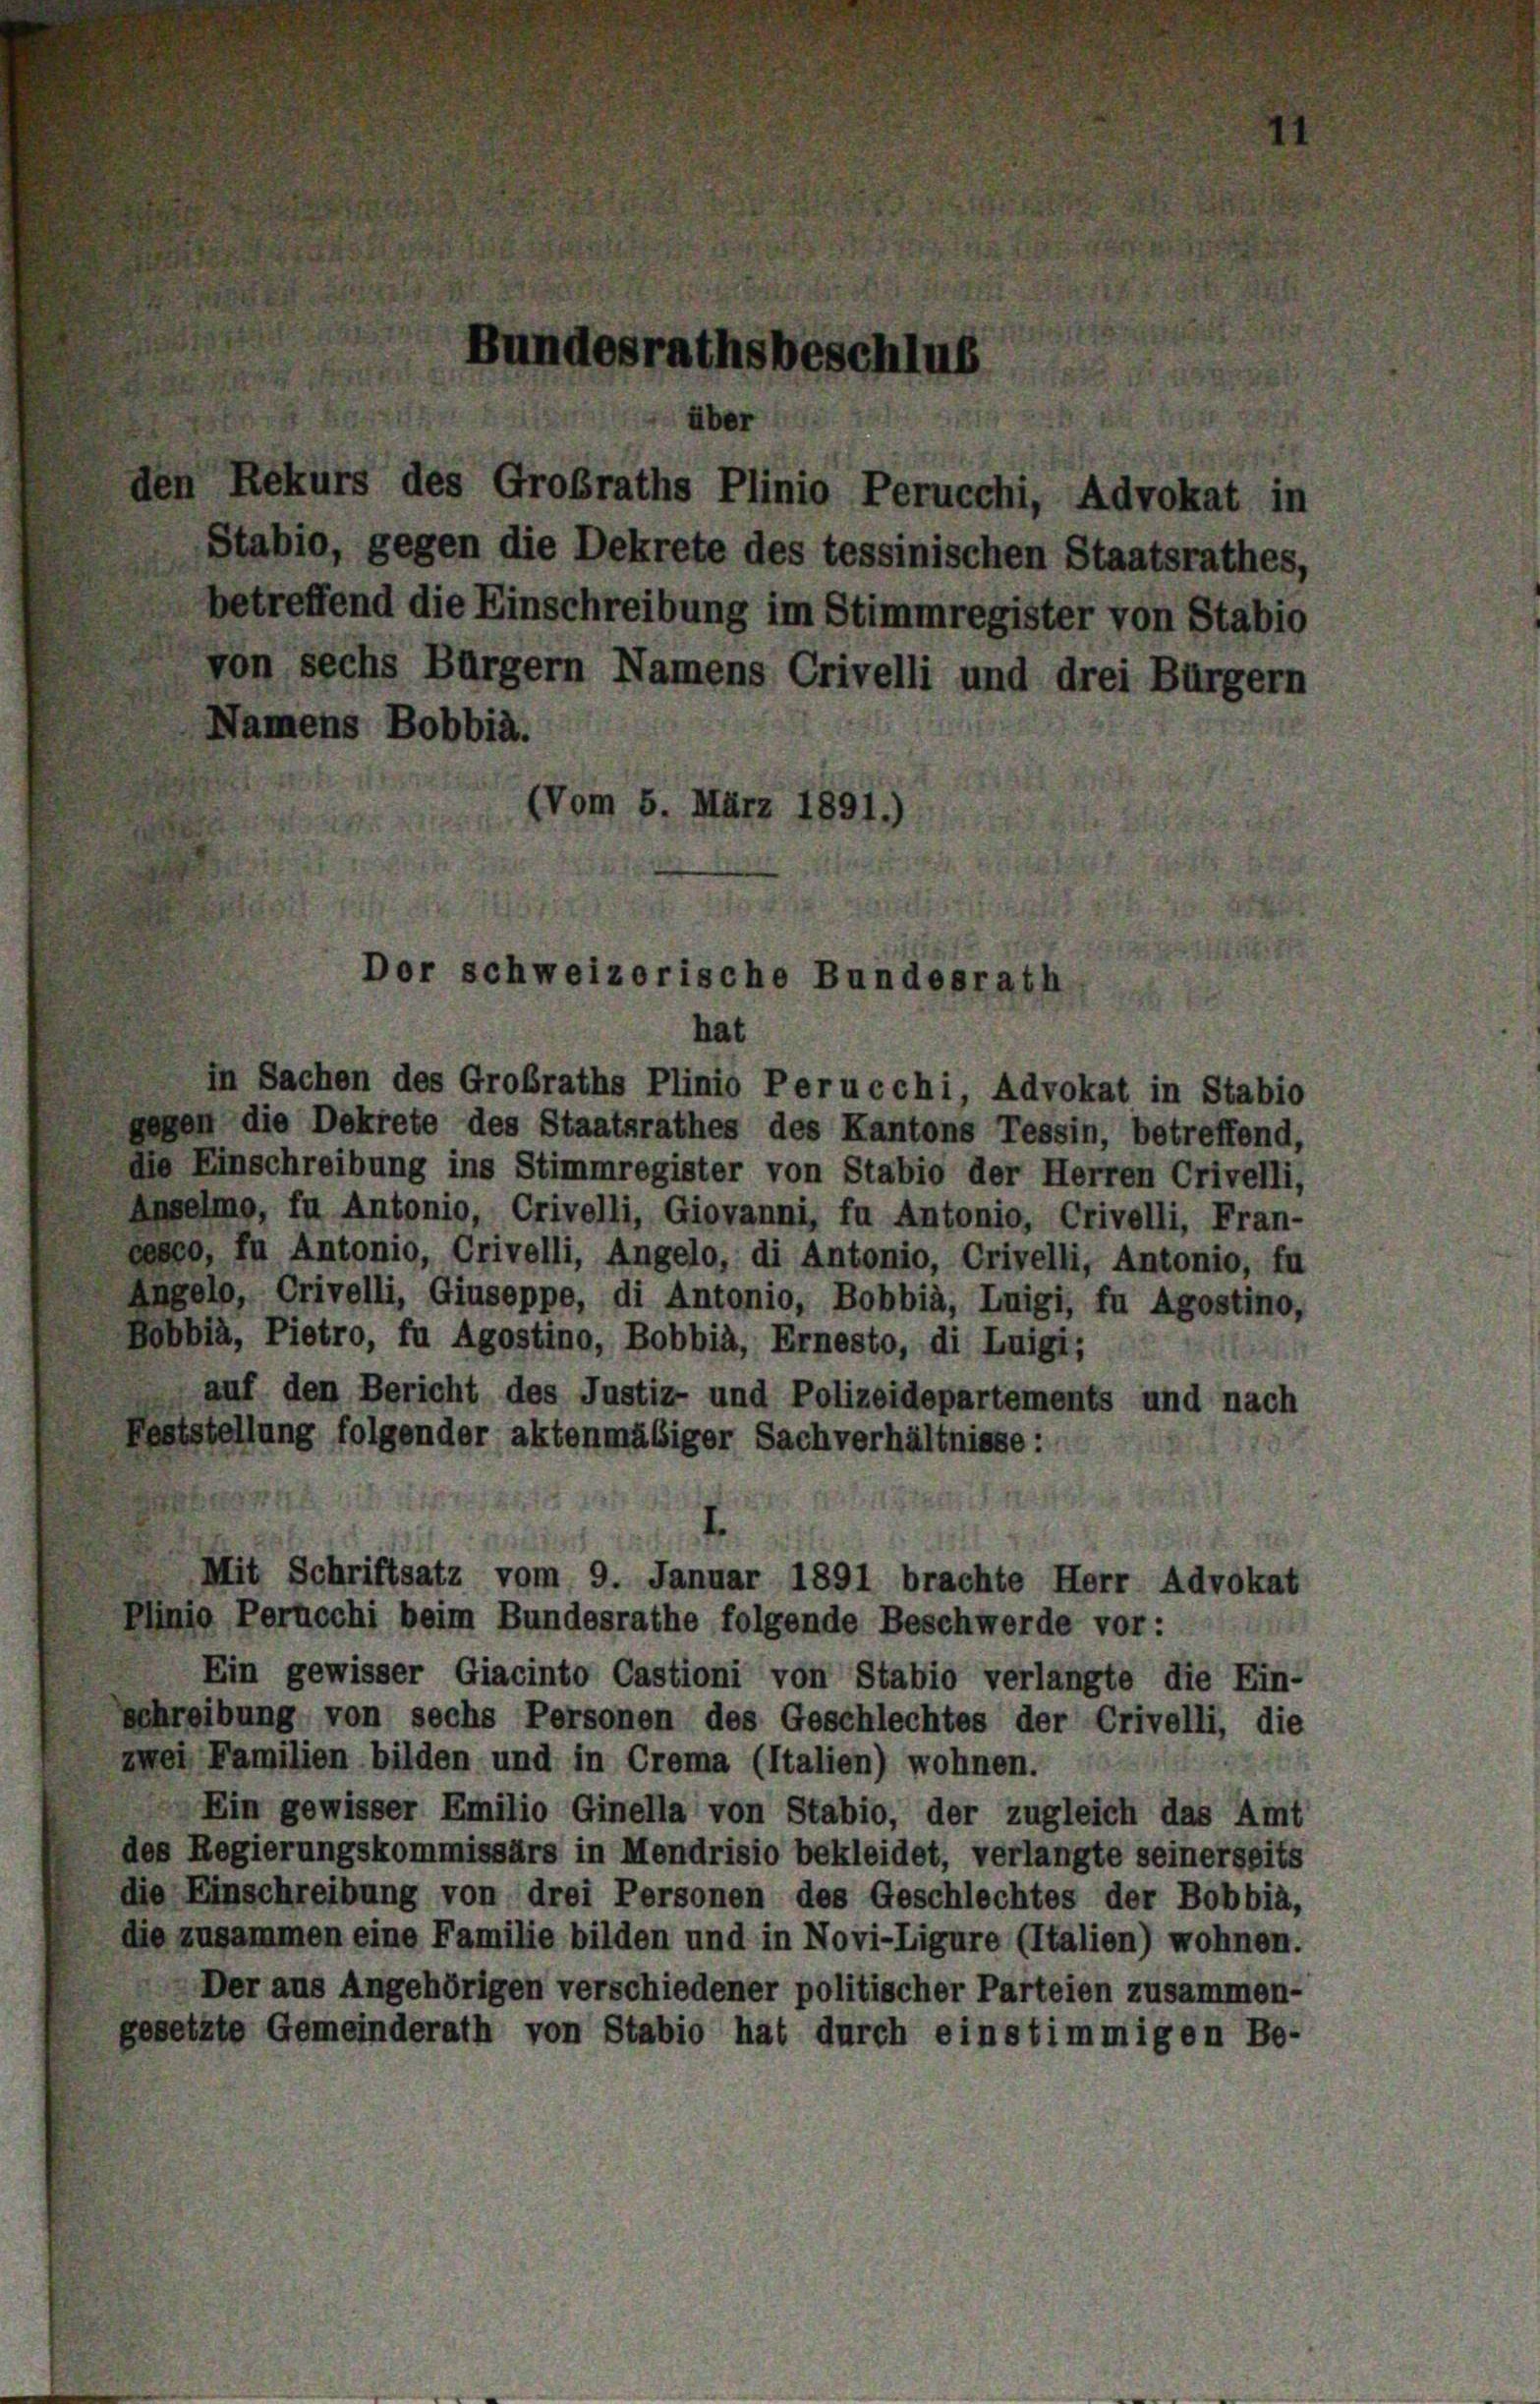
Stabio, gegen die Dekrete des tessinischen Staatsrathes,
betreffend die Einschreibung im Stimmregister von Stabio
von sechs Bürgern Namens Crivelli und drei Bürgern
Namens Bobbia.
(Vom 5. März 189
hat
in Sachen des Großraths Plinio Perucchi, Advokat in Stabio
gegen die Dekrete des Staatsrathes des Kantons Tessin, betreffend,
die Einschreibung ins Stimmregister von Stabio der Herren Crivelli,
Anselmo, fu Antonio, Crivelli, Giovanni, fu Antonio, Crivelli, Fran-
cesco, zu Antonio, Crivelli, Angelo, di Antonio, Crivelli, Antonio, fu
Angelo, Crivelli, Giuseppe, di Antonio, Bobbia, Luigi, fu Agostino,
Bobbia, Pietro, fu Agostino, Bobbia, Ernesto, di Luigi;
auf den Bericht des Justiz- und Polizeidepartements und nach
Feststellung folgender aktenmäbiger Sachverhältnisse:
Mit Schriftsatz vom 9. Januar 1891 brachte Herr Advokat
Plinio Perucchi beim Bundesrathe folgende Beschwerde vor:
Ein gewisser Giacinto Castioni von Stabio verlangte die Ein-
schreibung von sechs Personen des Geschlechtes der Crivelli, die
zwei Familien bilden und in Crema (Italien) wohnen.
Ein gewisser Emilio Ginella von Stabio, der zugleich das Amt
des Regierungskommissärs in Mendrisio bekleidet, verlangte seinerseits
die Einschreibung von drei Personen des Geschlechtes der Bobbia,
die zusammen eine Familie bilden und in Novi-Ligure (Italien) wohnen.
Der aus Angehörigen verschiedener politischer Parteien zusammen-
gesetzte Gemeinderath von Stabio hat durch einstimmigen Be-

Dor schweizerische Bundesrath

srathsbeschlus
E
über
den Rekurs des Großraths Plinio Perucchi, Advokat in